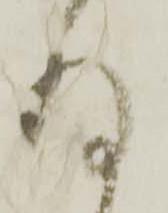
存